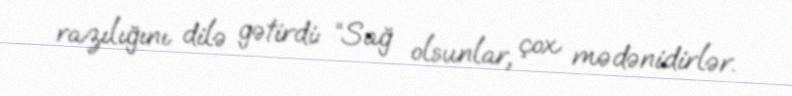
razılığını dilə gətirdi: “Sağ olsunlar, çox mədənidirlər.